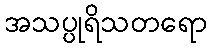
အသပ္ပုရိသတရော